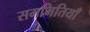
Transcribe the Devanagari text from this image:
सममितियाँ